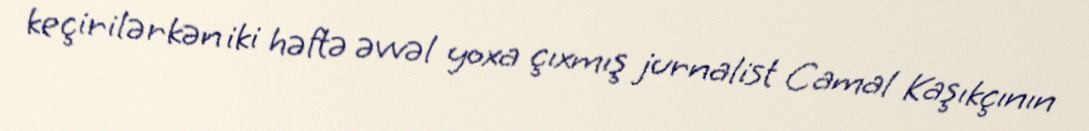
keçirilərkən iki həftə əvvəl yoxa çıxmış jurnalist Camal Kaşıkçının